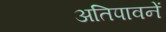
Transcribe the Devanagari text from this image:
अतिपावनें